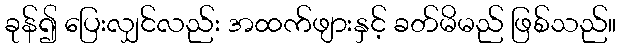
ခုန်၍ ပြေးလျှင်လည်း အထက်ဖျားနှင့် ခတ်မိမည် ဖြစ်သည်။